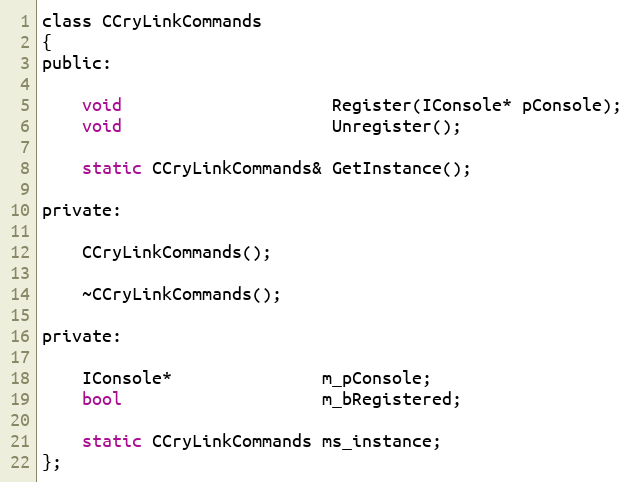
Language: C
class CCryLinkCommands
{
public:

	void                     Register(IConsole* pConsole);
	void                     Unregister();

	static CCryLinkCommands& GetInstance();

private:

	CCryLinkCommands();

	~CCryLinkCommands();

private:

	IConsole*               m_pConsole;
	bool                    m_bRegistered;

	static CCryLinkCommands ms_instance;
};